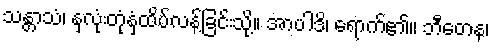
သန္တာသံ၊ နှလုံးတုံနှံ့ထိပ်လန့်ခြင်းသို့။ အာပါဒိ၊ ရောက်၏။ ဘီတေန၊